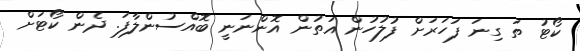
ކޯޓު ތަ ގިނަ ފަހަރަށް ފުލުހުން އަތުން އޮންނަނީ ބޮއްސުންލާފަ. ދެން ކޯޓަށް